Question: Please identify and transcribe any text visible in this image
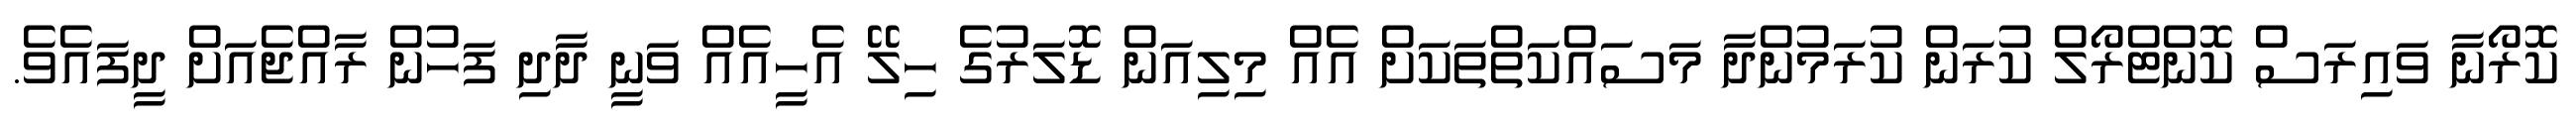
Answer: ކޮރޯނާ ވައިރަސް ކޮންޓްރޯލް ކުރަން ކުރަމުންދާ މަސައްކަތްތަކަށް އެއް މިލިއަން ޑޮލަރުގެ ހިލޭ އެހީއެއް ވަނީ ދާދި ފަހުން ރާއްޖެއަށް ދީފައެވެ.